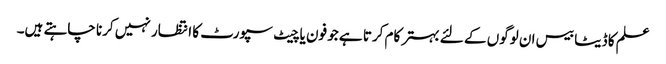
علم کا ڈیٹا بیس ان لوگوں کے لئے بہتر کام کرتا ہے جو فون یا چیٹ سپورٹ کا انتظار نہیں کرنا چاہتے ہیں۔